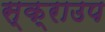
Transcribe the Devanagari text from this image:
स्क्राउप